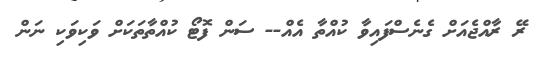
ރޭ ރާއްޖެއަށް ގެނެސްފައިވާ ކުއްތާ އެއް-- ސަން ފޮޓޯ ކުއްތާތަކަށް ވަކިވަކި ނަން